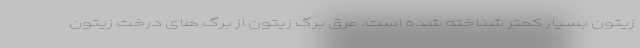
زیتون بسیار کمتر شناخته شده است. عرق برگ زیتون از برگ های درخت زیتون